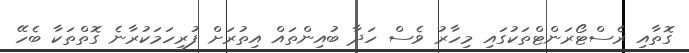
ގޮތާއި ރެސްޓޯރަންޓްތަކުގައި މިހާރު ވެސް ހަދާ ބުއިންތައް އިތުރަށް ފުރިހަމަކުރާނެ ގޮތްތަކާ ބެހޭ